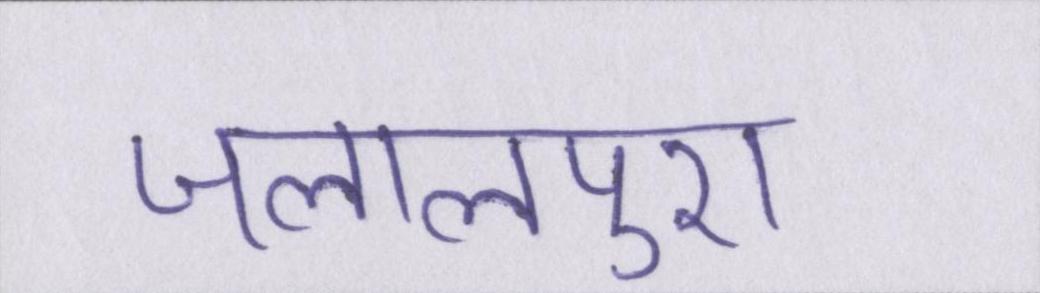
जलालपुरा